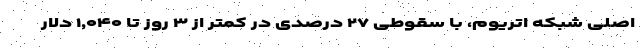
اصلی شبکه اتریوم، با سقوطی ۲۷ درصدی در کمتر از ۳ روز تا ۱,۰۴۰ دلار